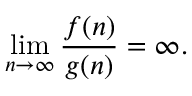
\operatorname* { l i m } _ { n \to \infty } \frac { f ( n ) } { g ( n ) } = \infty .